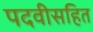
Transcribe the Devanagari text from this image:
पदवीसहित